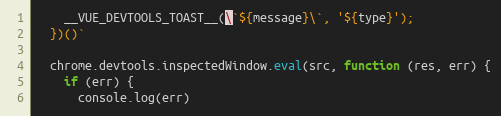
Language: JavaScript
    __VUE_DEVTOOLS_TOAST__(\`${message}\`, '${type}');
  })()`

  chrome.devtools.inspectedWindow.eval(src, function (res, err) {
    if (err) {
      console.log(err)